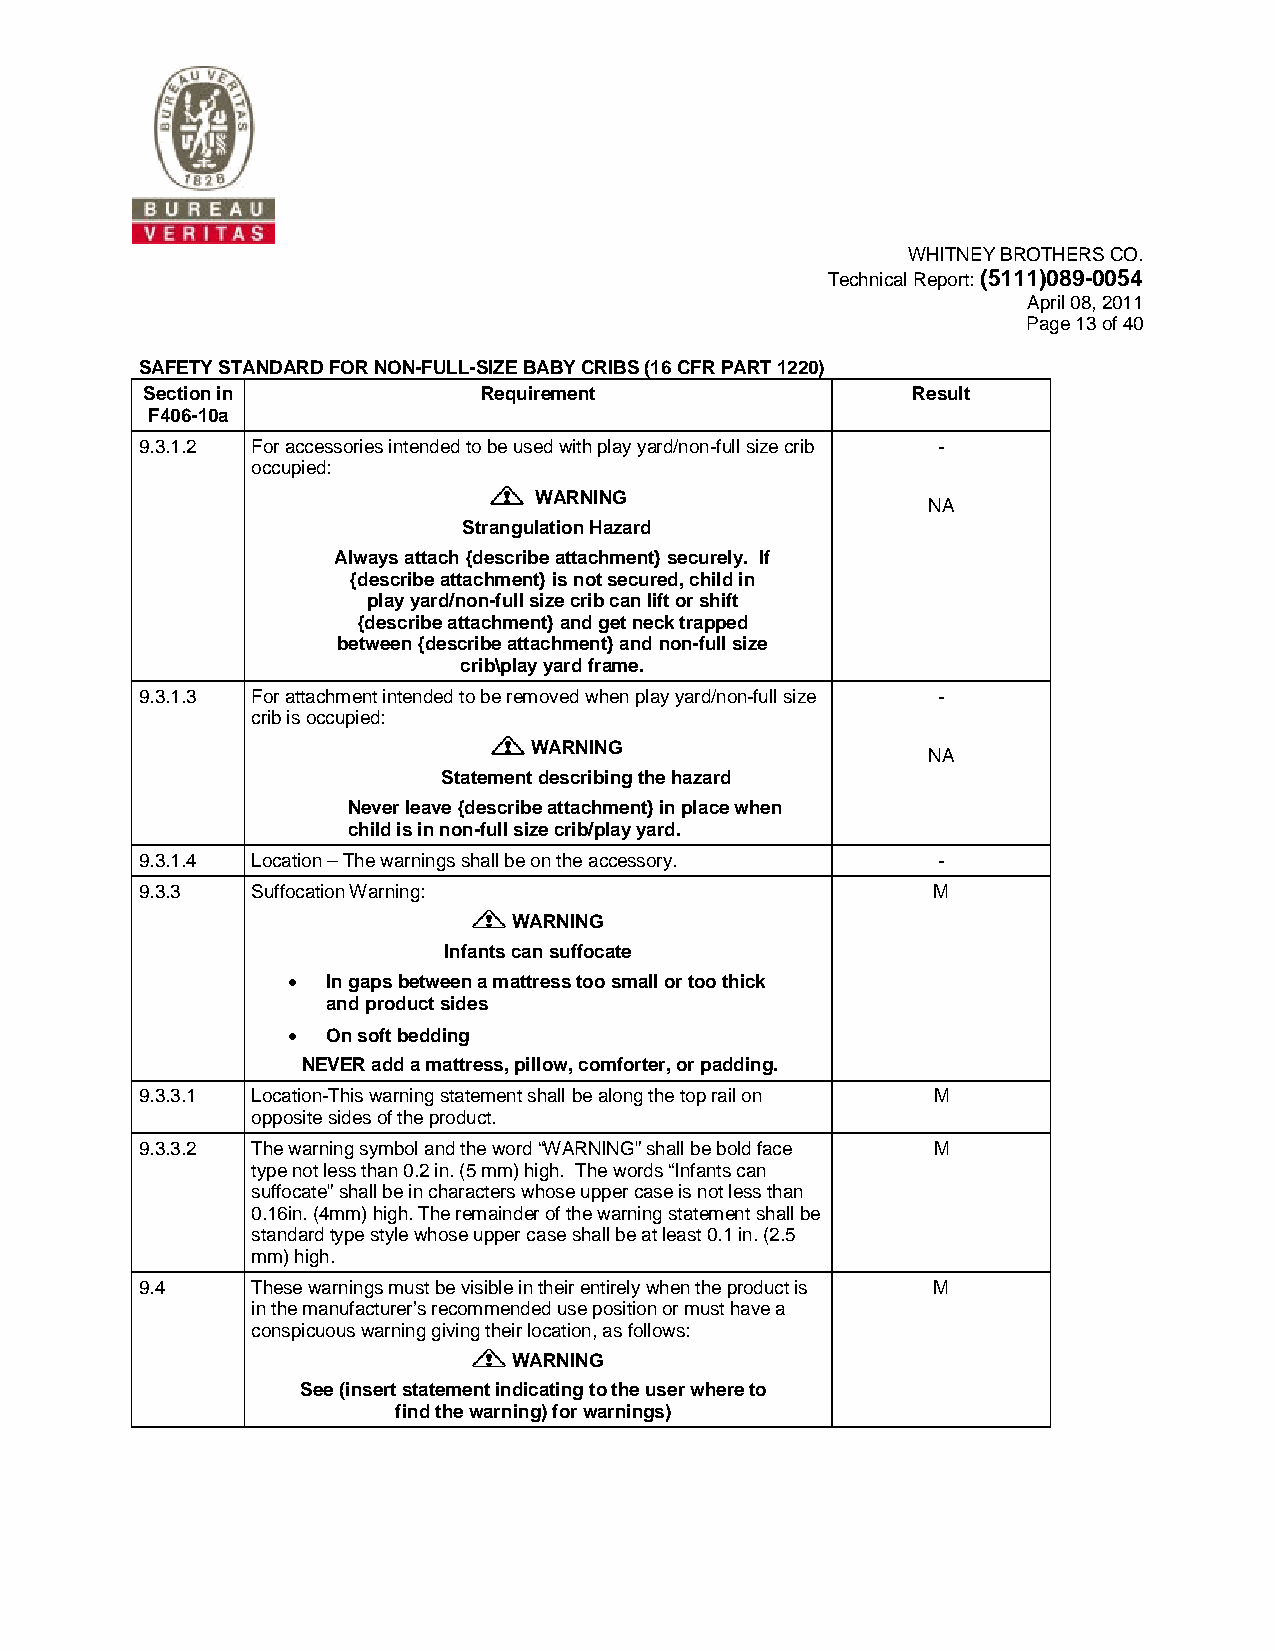
WHITNEY BROTHERS CO.
 Technical Report: (5111)089-0054
 April 08, 2011
 Page 13 of 40
 SAFETY STANDARD FOR NON-FULL-SIZE BABY CRIBS (16 CFR PART 1220)
 Section in             Requirement                 Result
 F406-10a
 9.3.1.2 For accessories intended to be used with play yard/non-full size crib -
 occupied:
 WARNING
 NA
 Strangulation Hazard
 Always attach {describe attachment} securely. If
 {describe attachment} is not secured, child in
 play yard/non-full size crib can lift or shift
 {describe attachment} and get neck trapped
 between {describe attachment} and non-full size
 crib\play yard frame.
 9.3.1.3 For attachment intended to be removed when play yard/non-full size -
 crib is occupied:
 WARNING
 NA
 Statement describing the hazard
 Never leave {describe attachment} in place when
 child is in non-full size crib/play yard.
 9.3.1.4 Location – The warnings shall be on the accessory. -
 9.3.3   Suffocation Warning:                         M
 WARNING
 Infants can suffocate
 •  In gaps between a mattress too small or too thick
 and product sides
 •  On soft bedding
 NEVER add a mattress, pillow, comforter, or padding.
 9.3.3.1 Location-This warning statement shall be along the top rail on M
 opposite sides of the product.
 9.3.3.2 The warning symbol and the word “WARNING” shall be bold face M
 type not less than 0.2 in. (5 mm) high. The words “Infants can
 suffocate” shall be in characters whose upper case is not less than
 0.16in. (4mm) high. The remainder of the warning statement shall be
 standard type style whose upper case shall be at least 0.1 in. (2.5
 mm) high.
 9.4     These warnings must be visible in their entirely when the product is M
 in the manufacturer’s recommended use position or must have a
 conspicuous warning giving their location, as follows:
 WARNING
 See (insert statement indicating to the user where to
 find the warning) for warnings)